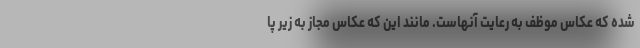
شده که عکاس موظف به رعایت آنهاست. مانند این که عکاس مجاز به زیر پا